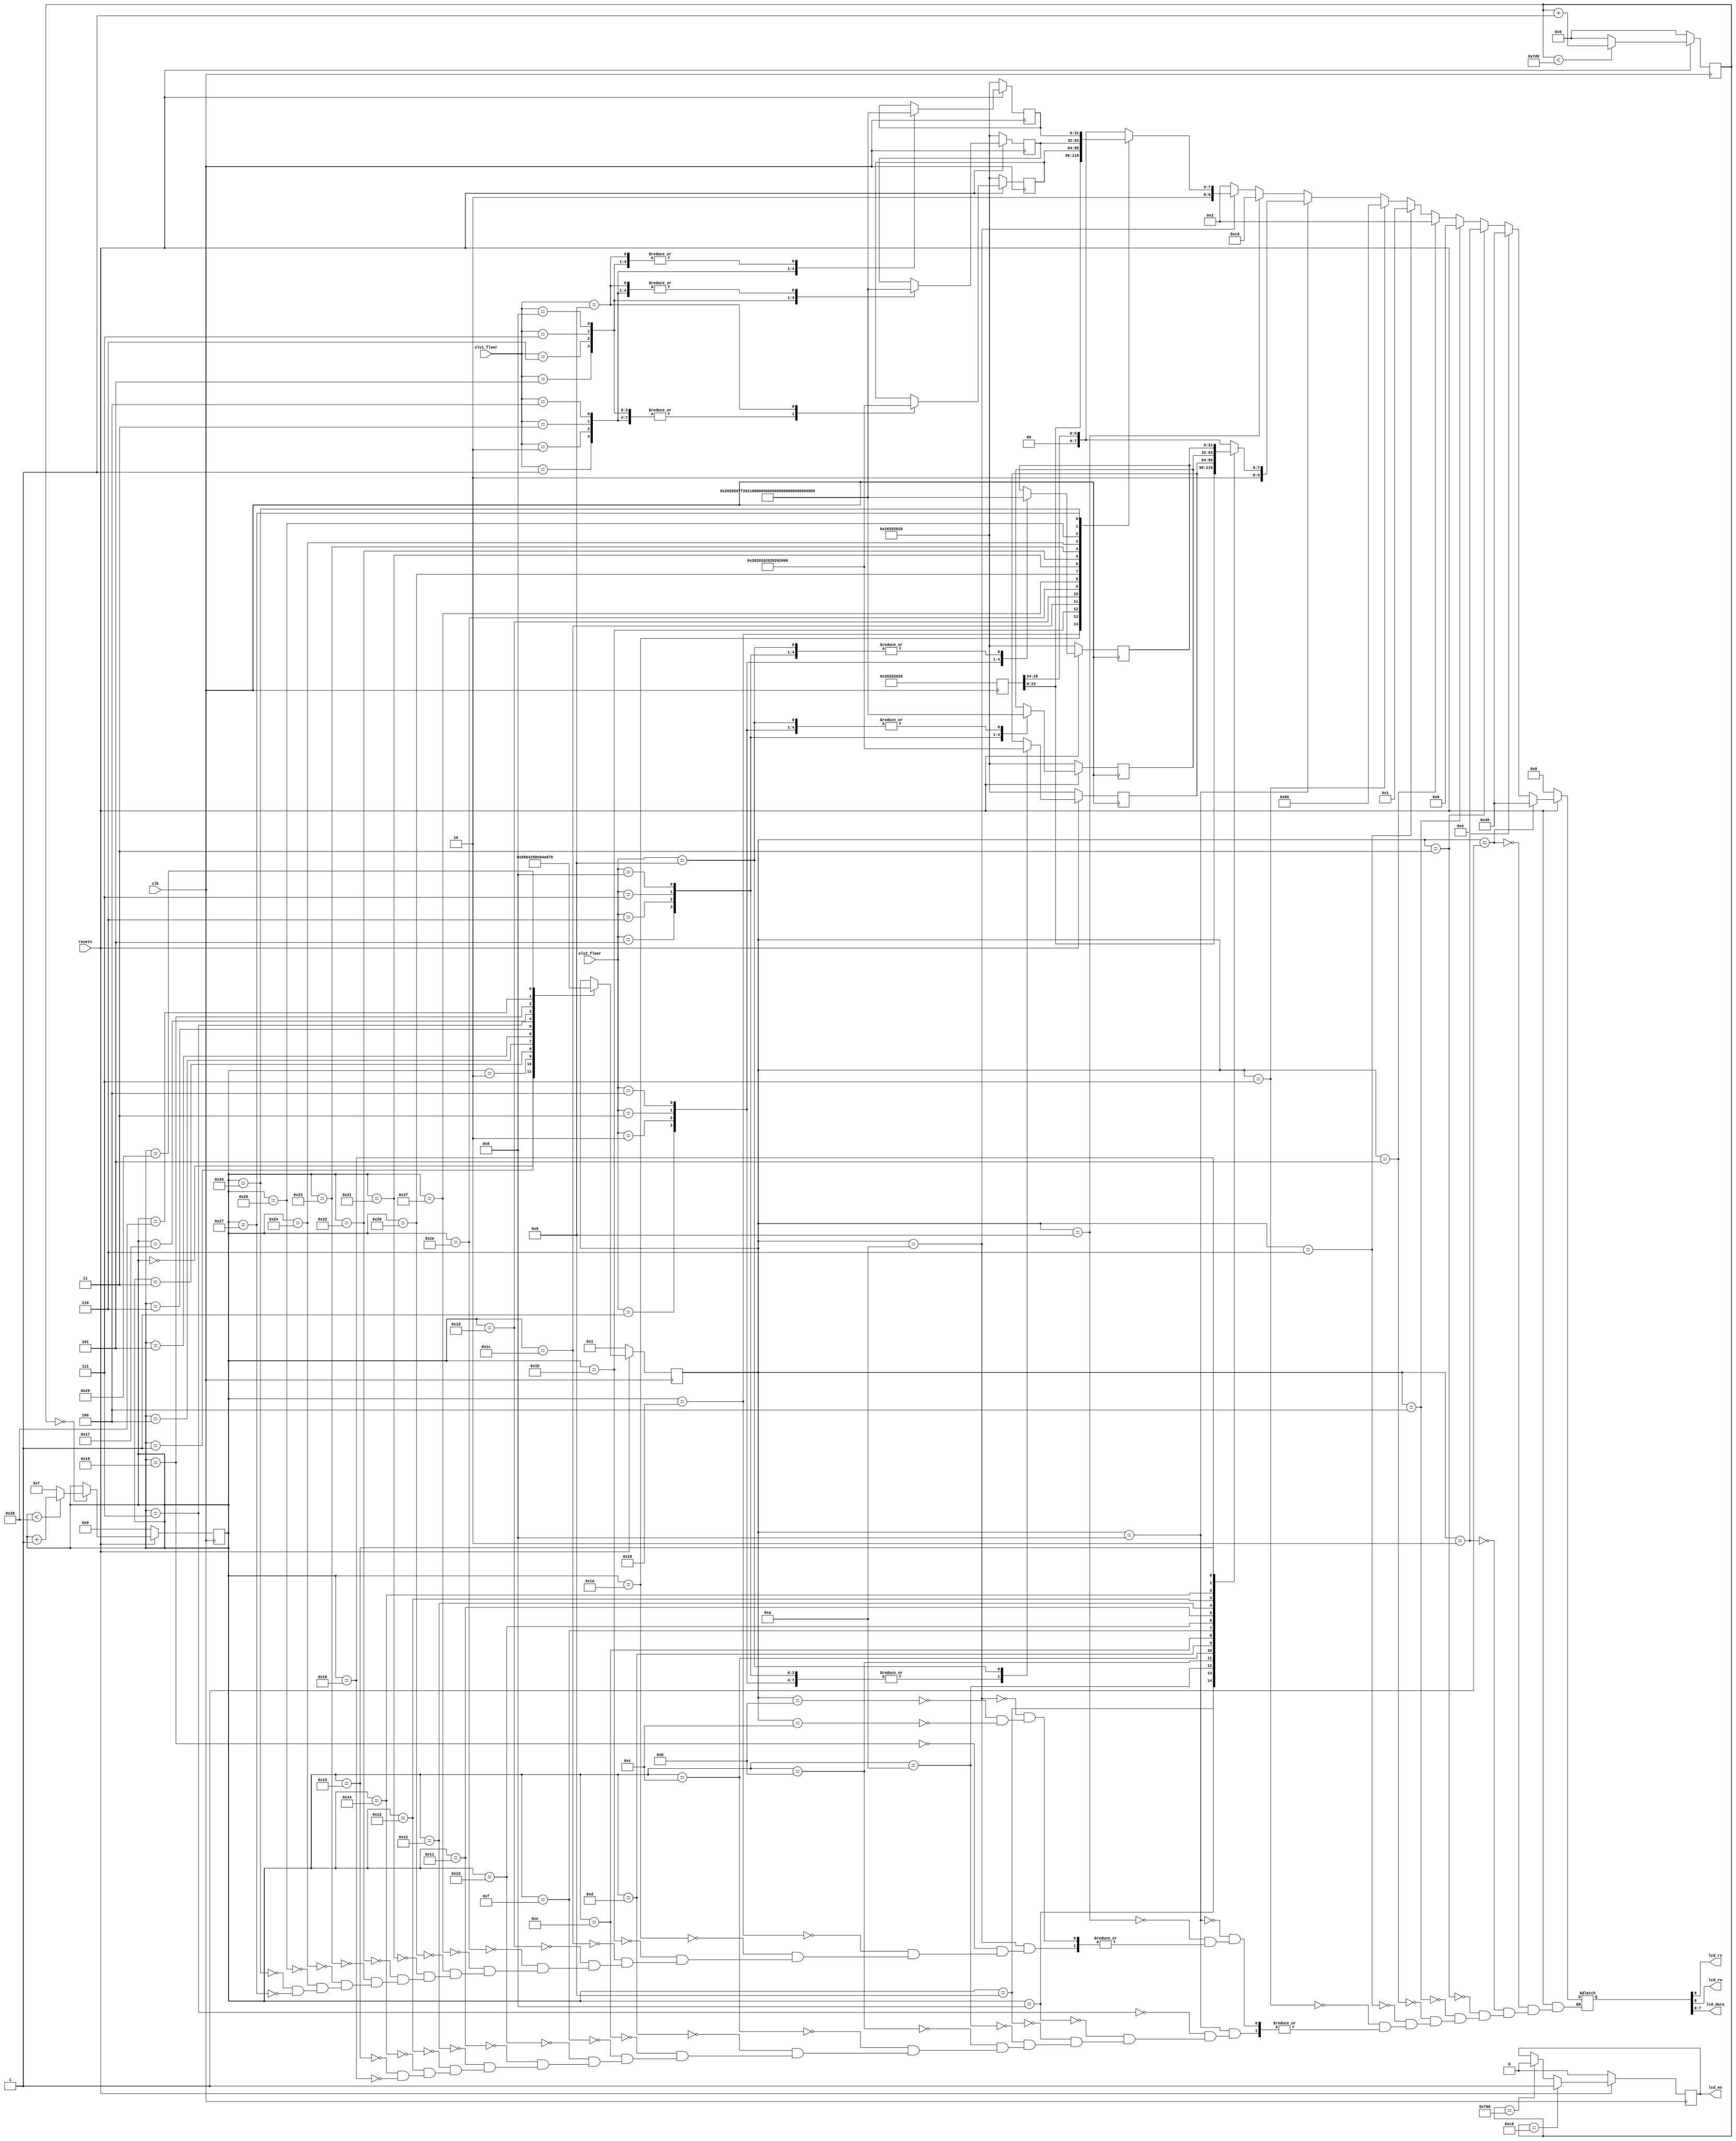
`define lcd_blank 8'b00100000
`define lcd_0 8'b00110000
`define lcd_o 8'b01001111
`define lcd_s_o 8'b01101111
`define lcd_ev 8'b11111111


module draw_elevator_text_lcd(clk, resetn, lcd_rs, lcd_rw, lcd_en, lcd_data, elv1_floor, elv2_floor);

	input clk;
	input resetn;
	
	output lcd_rs;
	output lcd_rw;
	output lcd_en;
	output [7:0] lcd_data;
	
	input [4:0] elv1_floor;
	input [4:0] elv2_floor;

	reg [31:0] reg_a;
	reg [31:0] reg_b;
	reg [31:0] reg_c;
	reg [31:0] reg_d;
	reg [31:0] reg_e;
	reg [31:0] reg_f;
	reg [31:0] reg_g;
	reg [31:0] reg_h;
	reg [31:0] reg_i;
	reg [31:0] reg_j;
	
	reg [23:0] delay_lcdclk;
	reg [15:0] count_lcd;
	reg lcd_en;		//text-lcd device enable signal
	
	initial
	begin
		reg_a = 0;
		reg_b = 0;
		reg_c = 0;
		reg_d = 0;
		reg_e = 0;
		reg_f = 0;
		reg_g = 0;
		reg_h = 0;
		reg_i = 0;
		reg_j = 0;
		
		delay_lcdclk = 0;
		count_lcd = 0;
		lcd_en = 0;
	end
	
	always @(posedge clk)
	begin
		if (resetn == 0)
			begin
				reg_a <= {`lcd_blank, 	`lcd_blank, 	`lcd_blank, 	`lcd_blank	} ; 
				reg_b <= {`lcd_blank, 	`lcd_blank, 	`lcd_blank, 	`lcd_blank	} ; 
				reg_c <= {`lcd_blank, 	`lcd_blank, 	`lcd_blank, 	`lcd_blank	} ; 
				reg_d <= {`lcd_blank, 	`lcd_blank, 	`lcd_blank, 	`lcd_blank	} ; 
				
				reg_e <= {`lcd_blank, 	`lcd_blank, 	`lcd_blank, 	`lcd_blank	} ; 
				reg_f <= {`lcd_blank, 	`lcd_blank, 	`lcd_blank, 	`lcd_blank	} ; 
				reg_g <= {`lcd_blank, 	`lcd_blank, 	`lcd_blank, 	`lcd_blank	} ; 
				reg_h <= {`lcd_blank, 	`lcd_blank, 	`lcd_blank, 	`lcd_blank	} ; 
				reg_i <= 32'h71982000;
		
				delay_lcdclk <= 0;
				count_lcd <= 0;
				lcd_en <= 1'b0;
			end
		else 
			begin		// draw elevator
				reg_a <= {`lcd_blank, 	`lcd_blank, 	`lcd_blank, 	`lcd_blank	} ;
				reg_e <= {`lcd_blank, 	`lcd_blank, 	`lcd_blank, 	`lcd_blank	} ;

				case (elv1_floor)
					1 : begin
						reg_f <= {`lcd_blank, 	`lcd_blank, 	`lcd_blank, 	`lcd_blank	} ; 
						reg_g <= {`lcd_blank, 	`lcd_blank, 	`lcd_blank, 	`lcd_blank	} ; 
						reg_h <= {`lcd_blank, 	`lcd_blank, 	`lcd_blank, 	`lcd_ev		} ; 
						end
					2 : begin
						reg_f <= {`lcd_blank, 	`lcd_blank, 	`lcd_blank, 	`lcd_blank	} ; 
						reg_g <= {`lcd_blank, 	`lcd_blank, 	`lcd_blank, 	`lcd_blank	} ; 
						reg_h <= {`lcd_blank, 	`lcd_blank, 	`lcd_ev,			`lcd_blank	} ; 
						end 
					3 : begin
						reg_f <= {`lcd_blank, 	`lcd_blank, 	`lcd_blank, 	`lcd_blank	} ; 
						reg_g <= {`lcd_blank, 	`lcd_blank, 	`lcd_blank, 	`lcd_blank	} ; 
						reg_h <= {`lcd_blank, 	`lcd_ev, 		`lcd_blank, 	`lcd_blank	} ; 
						end
					4 : begin
						reg_f <= {`lcd_blank, 	`lcd_blank, 	`lcd_blank, 	`lcd_blank	} ; 
						reg_g <= {`lcd_blank, 	`lcd_blank, 	`lcd_blank, 	`lcd_blank	} ; 
						reg_h <= {`lcd_ev, 		`lcd_blank, 	`lcd_blank, 	`lcd_blank	} ; 
						end
					5 : begin
						reg_f <= {`lcd_blank, 	`lcd_blank, 	`lcd_blank, 	`lcd_blank	} ; 
						reg_g <= {`lcd_blank, 	`lcd_blank, 	`lcd_blank, 	`lcd_ev		} ; 
						reg_h <= {`lcd_blank, 	`lcd_blank, 	`lcd_blank, 	`lcd_blank	} ; 
						end
					6 : begin
						reg_f <= {`lcd_blank, 	`lcd_blank, 	`lcd_blank, 	`lcd_blank	} ; 
						reg_g <= {`lcd_blank, 	`lcd_blank, 	`lcd_ev, 		`lcd_blank	} ; 
						reg_h <= {`lcd_blank, 	`lcd_blank, 	`lcd_blank, 	`lcd_blank	} ; 
						end
					7 : begin
						reg_f <= {`lcd_blank, 	`lcd_blank, 	`lcd_blank, 	`lcd_blank	} ; 
						reg_g <= {`lcd_blank, 	`lcd_ev, 		`lcd_blank, 	`lcd_blank	} ; 
						reg_h <= {`lcd_blank, 	`lcd_blank, 	`lcd_blank, 	`lcd_blank	} ; 
						end
					8 : begin
						reg_f <= {`lcd_blank, 	`lcd_blank, 	`lcd_blank, 	`lcd_blank	} ; 
						reg_g <= {`lcd_ev, 		`lcd_blank, 	`lcd_blank, 	`lcd_blank	} ; 
						reg_h <= {`lcd_blank, 	`lcd_blank, 	`lcd_blank, 	`lcd_blank	} ; 
						end
					9 : begin
						reg_f <= {`lcd_blank, 	`lcd_blank, 	`lcd_blank, 	`lcd_ev		} ; 
						reg_g <= {`lcd_blank, 	`lcd_blank, 	`lcd_blank, 	`lcd_blank	} ; 
						reg_h <= {`lcd_blank, 	`lcd_blank, 	`lcd_blank, 	`lcd_blank	} ; 
						end
				endcase
				
				case (elv2_floor)
					1 : begin
						reg_b <= {`lcd_blank, 	`lcd_blank, 	`lcd_blank, 	`lcd_blank	} ; 
						reg_c <= {`lcd_blank, 	`lcd_blank, 	`lcd_blank, 	`lcd_blank	} ; 
						reg_d <= {`lcd_blank, 	`lcd_blank, 	`lcd_blank, 	`lcd_ev		} ; 
						end
					2 : begin
						reg_b <= {`lcd_blank, 	`lcd_blank, 	`lcd_blank, 	`lcd_blank	} ; 
						reg_c <= {`lcd_blank, 	`lcd_blank, 	`lcd_blank, 	`lcd_blank	} ; 
						reg_d <= {`lcd_blank, 	`lcd_blank, 	`lcd_ev,			`lcd_blank	} ; 
						end 
					3 : begin
						reg_b <= {`lcd_blank, 	`lcd_blank, 	`lcd_blank, 	`lcd_blank	} ; 
						reg_c <= {`lcd_blank, 	`lcd_blank, 	`lcd_blank, 	`lcd_blank	} ; 
						reg_d <= {`lcd_blank, 	`lcd_ev, 		`lcd_blank, 	`lcd_blank	} ; 
						end
					4 : begin
						reg_b <= {`lcd_blank, 	`lcd_blank, 	`lcd_blank, 	`lcd_blank	} ; 
						reg_c <= {`lcd_blank, 	`lcd_blank, 	`lcd_blank, 	`lcd_blank	} ; 
						reg_d <= {`lcd_ev, 		`lcd_blank, 	`lcd_blank, 	`lcd_blank	} ; 
						end
					5 : begin
						reg_b <= {`lcd_blank, 	`lcd_blank, 	`lcd_blank, 	`lcd_blank	} ; 
						reg_c <= {`lcd_blank, 	`lcd_blank, 	`lcd_blank, 	`lcd_ev		} ; 
						reg_d <= {`lcd_blank, 	`lcd_blank, 	`lcd_blank, 	`lcd_blank	} ; 
						end
					6 : begin
						reg_b <= {`lcd_blank, 	`lcd_blank, 	`lcd_blank, 	`lcd_blank	} ; 
						reg_c <= {`lcd_blank, 	`lcd_blank, 	`lcd_ev, 		`lcd_blank	} ; 
						reg_d <= {`lcd_blank, 	`lcd_blank, 	`lcd_blank, 	`lcd_blank	} ; 
						end
					7 : begin
						reg_b <= {`lcd_blank, 	`lcd_blank, 	`lcd_blank, 	`lcd_blank	} ; 
						reg_c <= {`lcd_blank, 	`lcd_ev, 		`lcd_blank, 	`lcd_blank	} ; 
						reg_d <= {`lcd_blank, 	`lcd_blank, 	`lcd_blank, 	`lcd_blank	} ; 
						end
					8 : begin
						reg_b <= {`lcd_blank, 	`lcd_blank, 	`lcd_blank, 	`lcd_blank	} ; 
						reg_c <= {`lcd_ev, 		`lcd_blank, 	`lcd_blank, 	`lcd_blank	} ;  
						reg_d <= {`lcd_blank, 	`lcd_blank, 	`lcd_blank, 	`lcd_blank	} ; 
						end
					9 : begin
						reg_b <= {`lcd_blank, 	`lcd_blank, 	`lcd_blank, 	`lcd_ev		} ; 
						reg_c <= {`lcd_blank, 	`lcd_blank, 	`lcd_blank, 	`lcd_blank	} ; 
						reg_d <= {`lcd_blank, 	`lcd_blank, 	`lcd_blank, 	`lcd_blank	} ; 
						end
				endcase
				
				reg_i <= 32'h71982000;
				
				
				if (delay_lcdclk < 2000)
					delay_lcdclk <=  delay_lcdclk + 1;
				else
					delay_lcdclk <= 0;
				
				if (delay_lcdclk == 0) 
					begin
						if (count_lcd < 40)
							count_lcd <= count_lcd + 1;
						else
							count_lcd <= 7;
					end
				
				if (delay_lcdclk == 200)
					lcd_en <= 1'b1;
				else if (delay_lcdclk == 1800)
					lcd_en <= 1'b0;
					
			end
	end


	
	/*** manipulate text lcd ***/
	reg  [4:0] lcd_mode = 0;
	wire [4:0] mode_pwron = 1 ;  // power on
	wire [4:0] mode_fnset = 2 ;  // function set
	wire [4:0] mode_onoff = 3 ;  // display on/off control
	wire [4:0] mode_entr1 = 4 ;  // 
	wire [4:0] mode_entr2 = 5 ;  // 
	wire [4:0] mode_entr3 = 6 ;  // 
	wire [4:0] mode_seta1 = 7 ;  // set addr 1st line
	wire [4:0] mode_wr1st = 8 ;  // write 1st line
	wire [4:0] mode_seta2 = 9 ;  // set addr 2nd line
	wire [4:0] mode_wr2nd = 10;  // write 2nd line
	wire [4:0] mode_delay = 11;  // dealy
	wire [4:0] mode_actcm = 12;  // user command

	
	// count_lcd
	always @(posedge clk)// or posedge presetn)
	begin
		if (resetn == 0)
			lcd_mode <= mode_pwron;
		else 
			begin
				case (count_lcd)
					0  : lcd_mode <= mode_pwron ;
					1  : lcd_mode <= mode_fnset ;
					2  : lcd_mode <= mode_onoff ;
					3  : lcd_mode <= mode_entr1 ;
					4  : lcd_mode <= mode_entr2 ;
					5  : lcd_mode <= mode_entr3 ;
					6  : lcd_mode <= mode_seta1 ;
					7  : lcd_mode <= mode_wr1st ;
					23 : lcd_mode <= mode_seta2 ;
					24 : lcd_mode <= mode_wr2nd ;
					40 : lcd_mode <= mode_delay ;
					41 : lcd_mode <= mode_actcm ;
					default : begin end 
				endcase	
			end
	end

	
	//text lcd device input signal
	reg [9:0] set_data;
					
	assign lcd_rs = set_data[9];
	assign lcd_rw = set_data[8];
	assign lcd_data = set_data[7:0];

	always @(clk or lcd_mode or count_lcd)// or presetn
	begin 
		if (resetn == 0)
			set_data <= 10'b0000000000;
		else
			begin
				case (lcd_mode)
					mode_pwron : set_data <= {2'b00, 8'h38};
					mode_fnset : set_data <= {2'b00, 8'h38};
					mode_onoff : set_data <= {2'b00, 8'h0e};
					mode_entr1 : set_data <= {2'b00, 8'h06};
					mode_entr2 : set_data <= {2'b00, 8'h02};
					mode_entr3 : set_data <= {2'b00, 8'h01};			    
					mode_seta1 : set_data <= {2'b00, 8'h80};
					mode_wr1st : 
						begin 
							case (count_lcd)
								 7 : set_data <= {1'b1, 1'b0, reg_a[31:24]};
								 8 : set_data <= {1'b1, 1'b0, reg_a[23:16]};
								 9 : set_data <= {1'b1, 1'b0, reg_a[15: 8]}; 
								10 : set_data <= {1'b1, 1'b0, reg_a[7 : 0]}; 
								11 : set_data <= {1'b1, 1'b0, reg_b[31:24]};
								12 : set_data <= {1'b1, 1'b0, reg_b[23:16]};
								13 : set_data <= {1'b1, 1'b0, reg_b[15: 8]}; 
								14 : set_data <= {1'b1, 1'b0, reg_b[7 : 0]}; 
								15 : set_data <= {1'b1, 1'b0, reg_c[31:24]};
								16 : set_data <= {1'b1, 1'b0, reg_c[23:16]};
								17 : set_data <= {1'b1, 1'b0, reg_c[15: 8]}; 
								18 : set_data <= {1'b1, 1'b0, reg_c[7 : 0]}; 
								19 : set_data <= {1'b1, 1'b0, reg_d[31:24]};
								20 : set_data <= {1'b1, 1'b0, reg_d[23:16]};
								21 : set_data <= {1'b1, 1'b0, reg_d[15: 8]};
								22 : set_data <= {1'b1, 1'b0, reg_d[7 : 0]};
							endcase
						end
					 
					mode_seta2 : set_data <= {2'b00, 8'hc0};
					mode_wr2nd : 
						begin
							case (count_lcd)
								24 : set_data <= {1'b1, 1'b0, reg_e[31:24]};
								25 : set_data <= {1'b1, 1'b0, reg_e[23:16]};
								26 : set_data <= {1'b1, 1'b0, reg_e[15: 8]}; 
								27 : set_data <= {1'b1, 1'b0, reg_e[7 : 0]}; 
								28 : set_data <= {1'b1, 1'b0, reg_f[31:24]};
								29 : set_data <= {1'b1, 1'b0, reg_f[23:16]};
								30 : set_data <= {1'b1, 1'b0, reg_f[15: 8]}; 
								31 : set_data <= {1'b1, 1'b0, reg_f[7 : 0]}; 
								32 : set_data <= {1'b1, 1'b0, reg_g[31:24]};
								33 : set_data <= {1'b1, 1'b0, reg_g[23:16]};
								34 : set_data <= {1'b1, 1'b0, reg_g[15: 8]}; 
								35 : set_data <= {1'b1, 1'b0, reg_g[7 : 0]}; 
								36 : set_data <= {1'b1, 1'b0, reg_h[31:24]};
								37 : set_data <= {1'b1, 1'b0, reg_h[23:16]};
								38 : set_data <= {1'b1, 1'b0, reg_h[15: 8]};
								39 : set_data <= {1'b1, 1'b0, reg_h[7 : 0]};
							endcase
						end
									
					mode_delay : set_data <= {2'b00, 8'h02};
					mode_actcm : set_data <= {2'b00, 8'h02};
					default : begin end
				endcase
			end
	end

endmodule